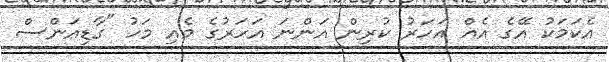
އެކަމަކު އޭގެ އެއް އަހަރު ކުރިން އަންނަ އަހަރުގެ މެއި މަހު "ގާޑިއަންސް